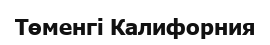
Төменгі Калифорния